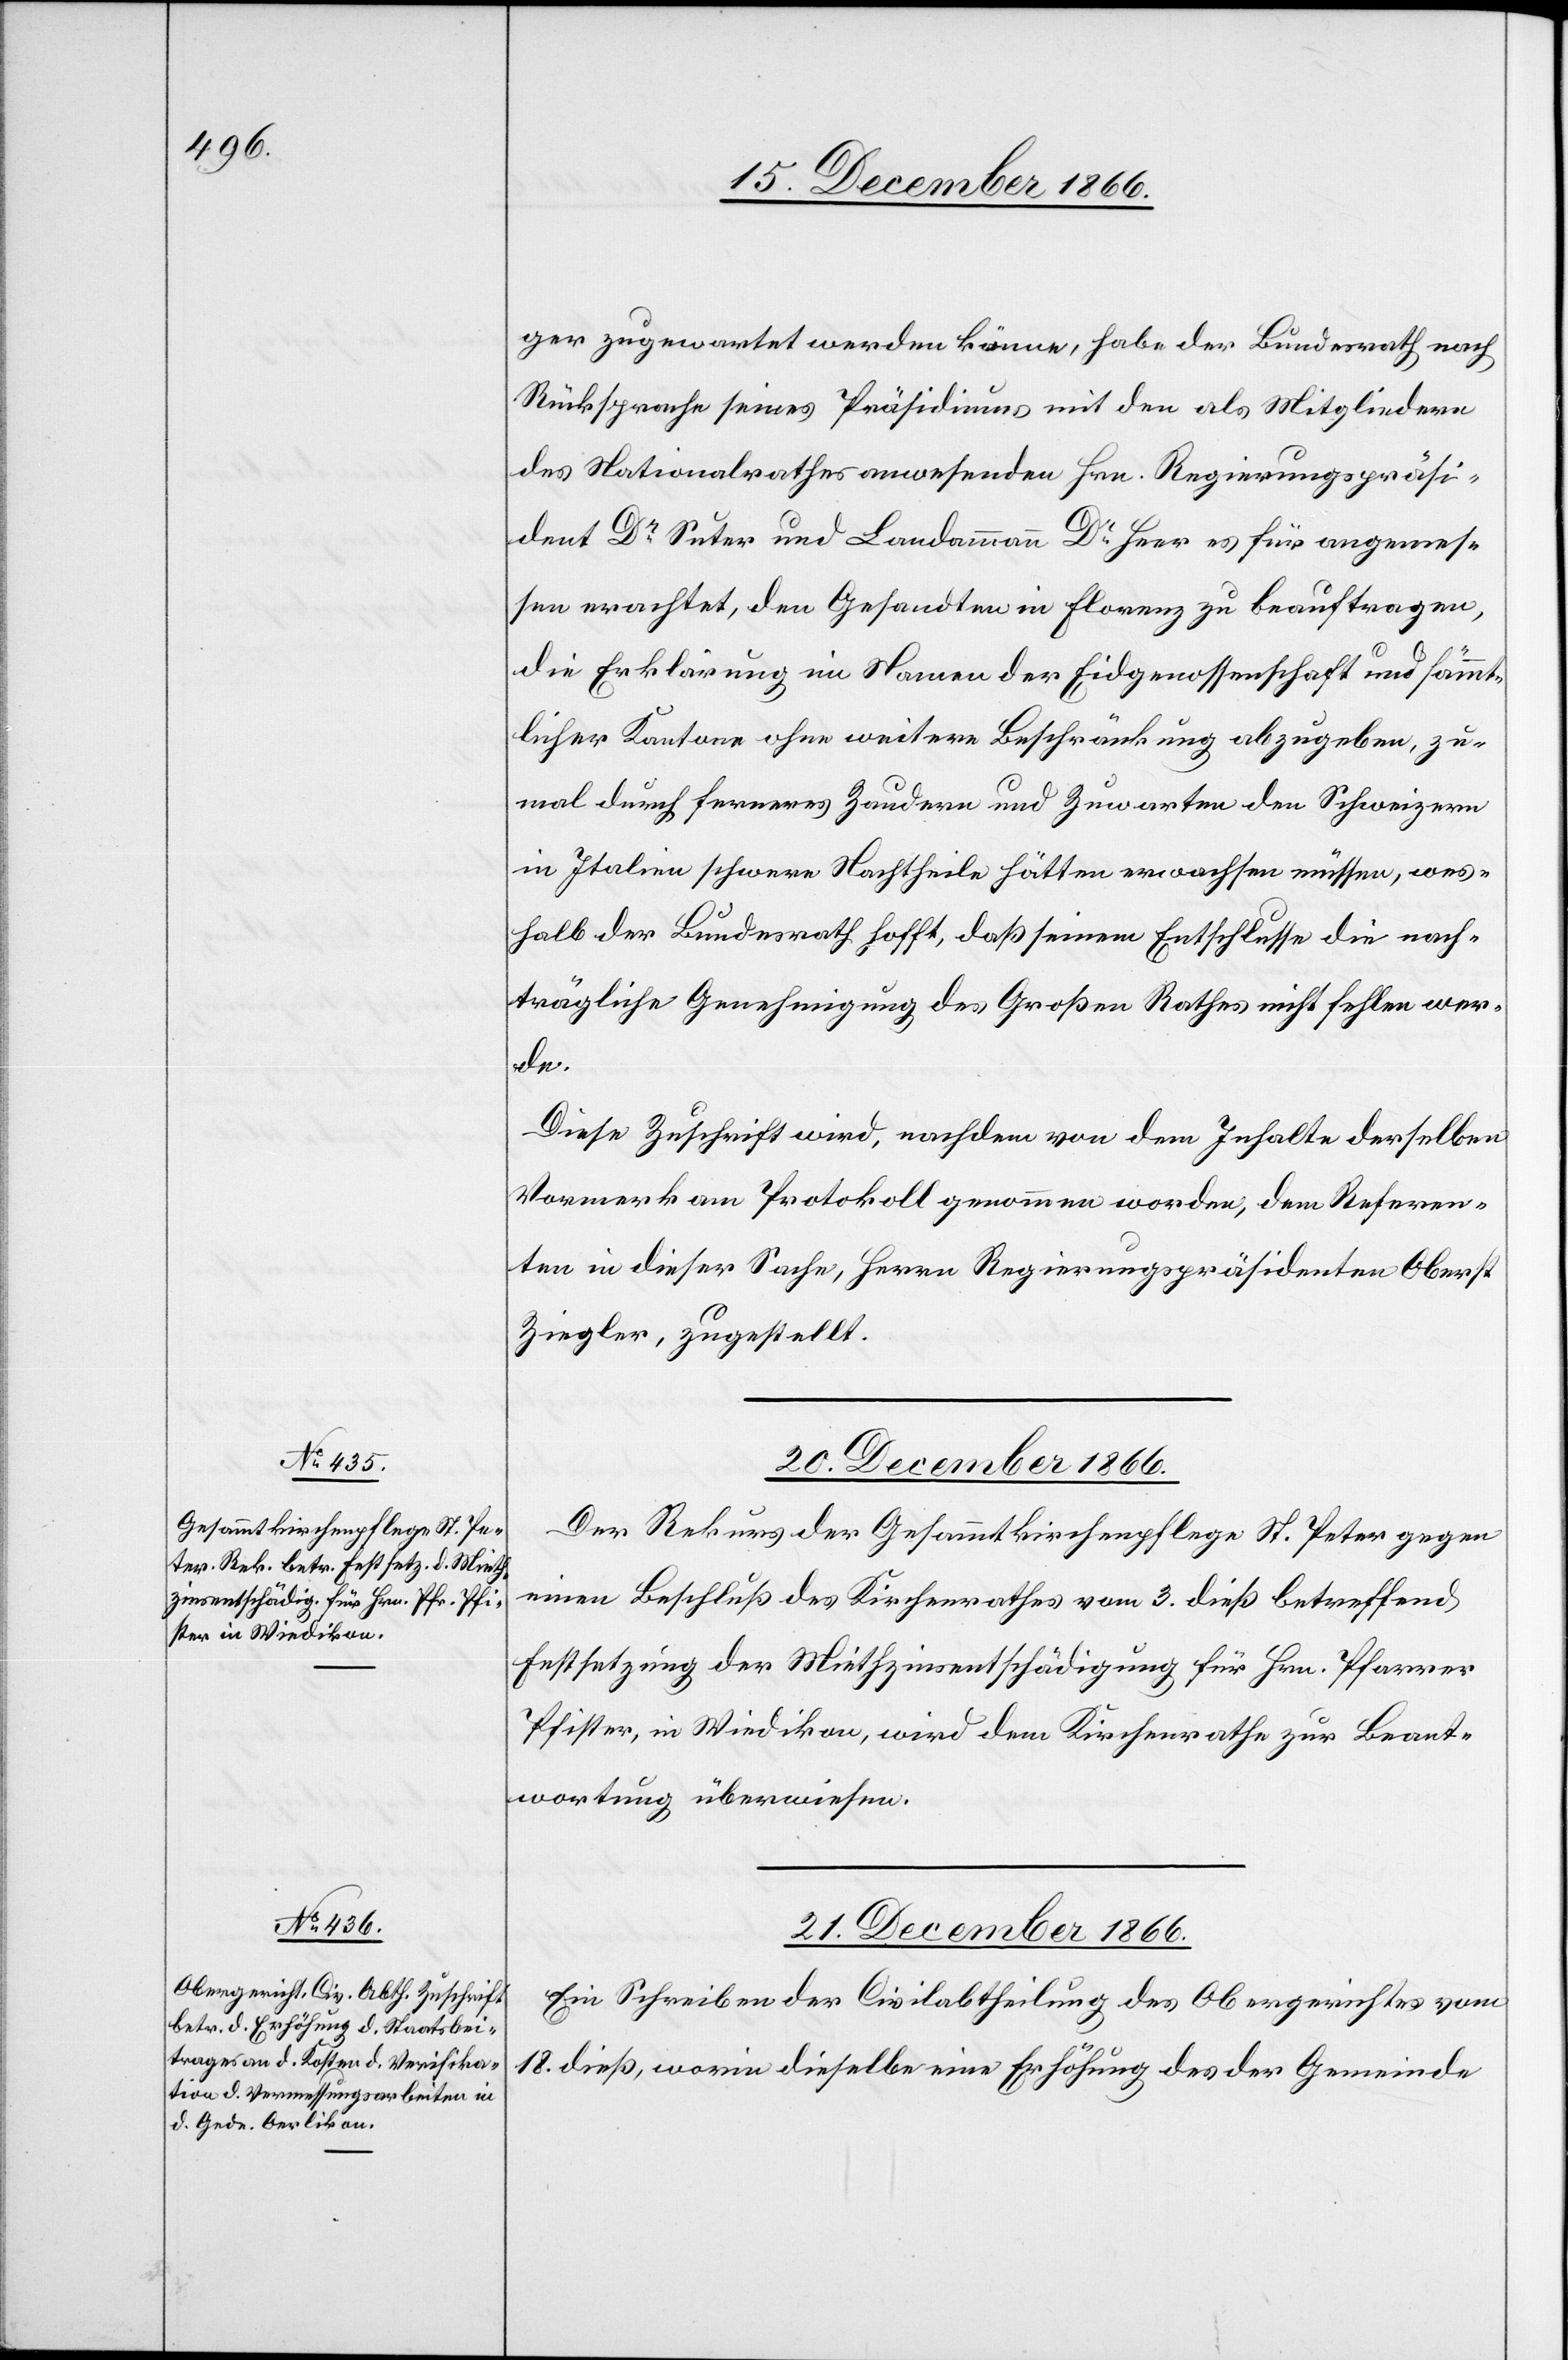
ger zugewartet werden könne, habe der Bundesrath nach
Rücksprache seines Präsidiums mit den als Mitgliedern
des Nationalrathes anwesenden Hrn. Regierungspräsi¬
dent Dr. Suter und Landammann Dr. Heer es für angemes¬
sen erachtet, den Gesandten in Florenz zu beauftragen,
die Erklärung im Namen der Eidgenossenschaft und sämmt¬
licher Kantone ohne weitere Beschränkung abzugeben, zu¬
mal durch ferneres Zaudern und Zuwarten den Schweizern
in Italien schwere Nachtheile hätten erwachsen müssen, wes¬
halb der Bundesrath hofft, daß seinem Entschlusse die nach¬
trägliche Genehmigung des Großen Rathes nicht fehlen wer¬
de.
Diese Zuschrift wird, nachdem von dem Inhalte derselben
Vormerk am Protokoll genommen worden, dem Referen¬
ten in dieser Sache, Herrn Regierungspräsidenten Oberst
Ziegler, zugestellt.
20. December 1866.
Der Rekurs der Gesammtkirchenpflege St. Peter gegen
einen Beschluß des Kirchenrathes vom 3. dieß betreffend
Festsetzung der Miethzinsentschädigung für Hrn. Pfarrer
Pfister, in Wiedikon, wird dem Kirchenrathe zur Beant¬
wortung überwiesen.
21. December 1866.
Ein Schreiben der Civilabtheilung des Obergerichtes vom
18. dieß, worin dieselbe eine Erhöhung des der Gemeinde